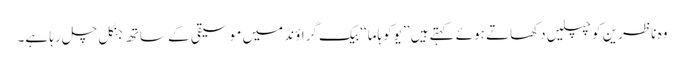
وہ ناظرین کو چپلیں دکھاتے ہوئے کہتے ہیں ’’ یوکوہاما‘‘ بیک گراؤنڈ میں موسیقی کے ساتھ جنگل چل رہا ہے۔